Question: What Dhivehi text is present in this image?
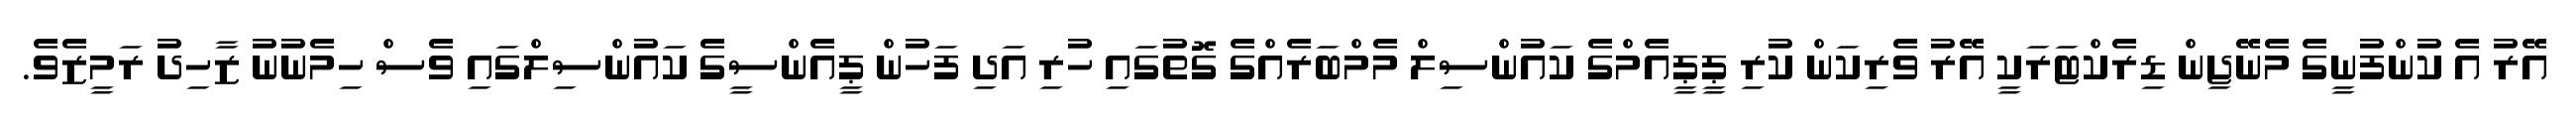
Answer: އޭރު އެ ކުންފުނީގެ މެނޭޖިން ޑިރެކްޓަރަކީ އޭރު ވެރިކަން ކުރި ޕީޕީއެމްގެ ކައުންސިލް މެމްބަރެއްގެ ގޮތުގައި ހުރި އަދި ފަހުން ޕީއެންސީގެ ކައުންސިލްގައި ވެސް ހިމެނުނު ޒާހިދު ރަމީޒެވެ.